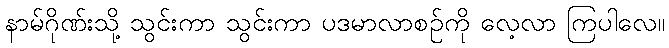
နာမ်ဂိုဏ်းသို့ သွင်းကာ သွင်းကာ ပဒမာလာစဉ်ကို လေ့လာ ကြပါလေ။